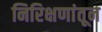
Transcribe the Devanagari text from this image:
निरिक्षणांतून